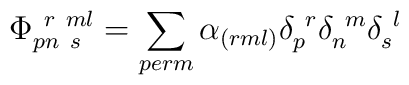
\Phi _{pn~s}^{~r~ml}= \sum _{perm}\alpha_{(rml)}\delta_{p}^{~r}\delta_{n}^{~m} \delta_{s}^{~l}